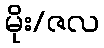
မိုး/ဇလ